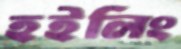
হইলিং